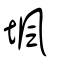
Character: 堸